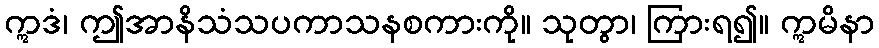
ဣဒံ၊ ဤအာနိသံသပကာသနစကားကို။ သုတွာ၊ ကြားရ၍။ ဣမိနာ